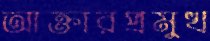
আক্তারপ্রমুখ